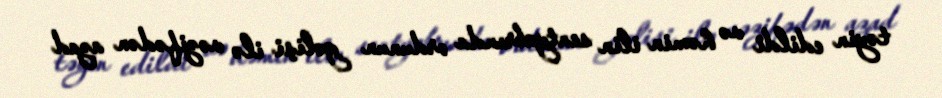
təyin edildi və həmin ilin sentyabrında ordunun gəlişi ilə vəzifədən azad